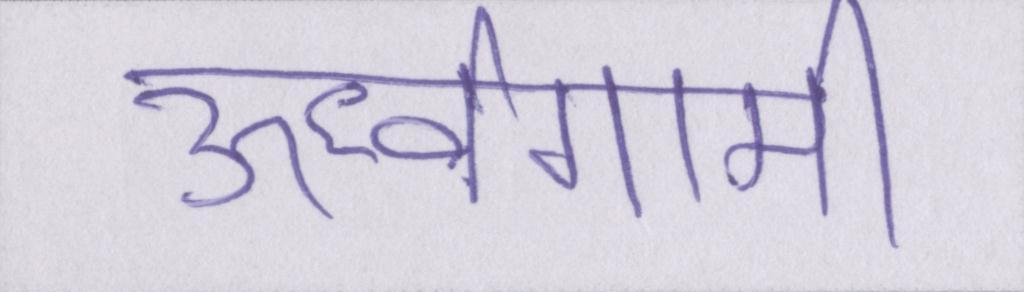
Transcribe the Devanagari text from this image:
ऊर्ध्वगामी